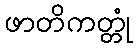
ဖာတိကတ္တုံ